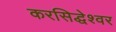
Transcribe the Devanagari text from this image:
करसिद्धेश्वर